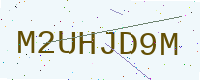
Text: M2UHJD9M